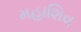
મહાશિવ